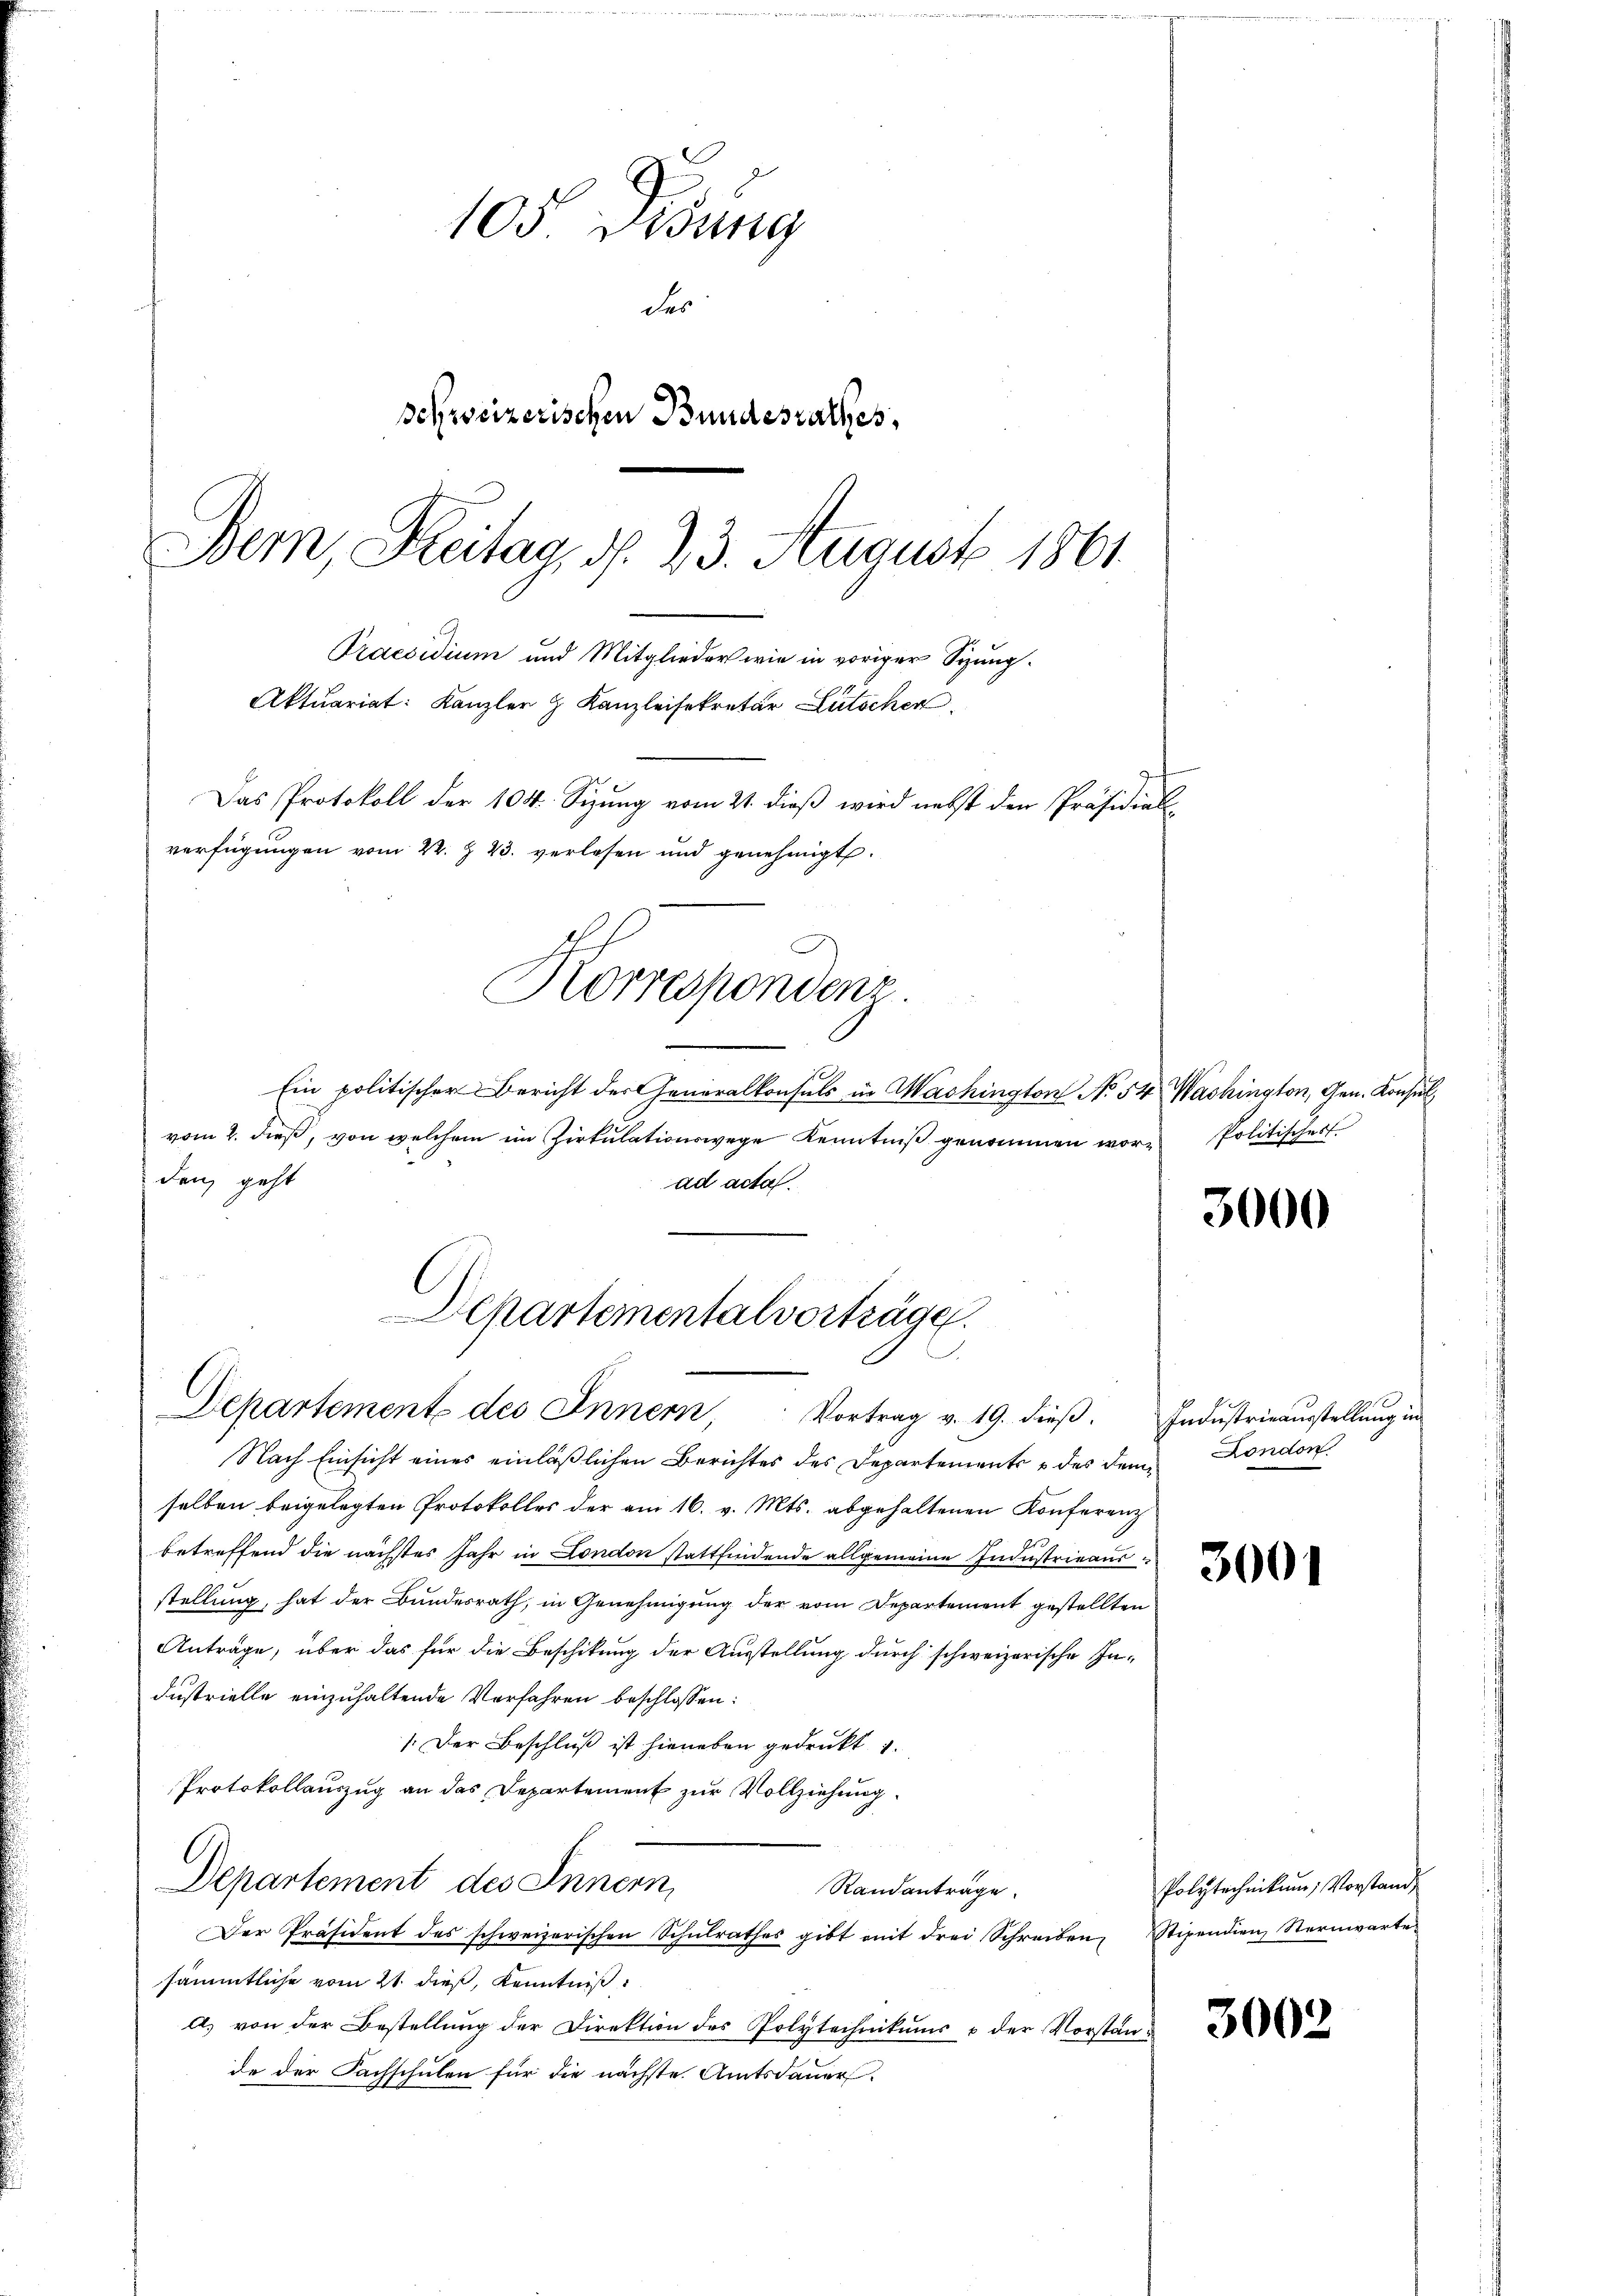
105 Didung
der
schweizerischen Bundesrathes,
Bem, Reitag, d. 23. August 1861
Praesidium und Mitglieder wie in voriger Sizung.
Aktuariat: Kanzler & Kanzleisekretär Lütscher
Das Protokoll der 104. Sizŭng vom 21. dieβ wird nebst den Präsidial-
verfügungen vom 22. Z. 23. verlesen und genehmigt.

Korrespondenz.

Ein politischer Bericht der Generalkonsuls in Washington No 54. Washington, Gen. Konsul
vom 2. dieß, von welchem im Zirkŭlationswege Kenntniß genommen woren Politischer
den, geht
ad acta.
Departementalvorträge.
.

Departement des Innern, Vortrag v. 19. dieβ. Indŭstrieaŭsstellŭng in

Nach Einsicht eines einläßlichen Berichtes des Departements u des dem
selben beigelegten Protokolles der am 16. v. Mts. abgehaltenen Konferenz
betreffend die nächstes Jahr in London stattfindende allgemeine Industrieausstellung, hat der Bundesrath, in Genehmigung der vom Departement gestellten
Anträge, über das für die Beschikung der Ausstellung durch schweizerische Industrielle einzuhaltende Verfahren beschlossen:
/ Der Beschluß ist hieneben gedrukt .
Protokollauszug an das Departement zur Vollziehung.
Departement des Innern,
Randanträge.
Der Präsident des schweizerischen Schŭlrathes gibt mit drei Schreiben Stipendien Sternwarte
sämmtliche vom 21. dieß, Kenntniß
a) von der Bestellung der Direktion des Polytechnikums & der Vorstande der Fachschulen für die nächste Amtsdauer

3000

3001

3002

London.

Polytechnikum, Vorstand